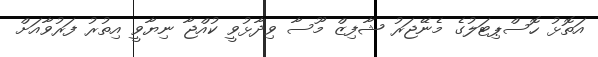
އަތޮޅު ހޮސްޕިޓަލުގެ މެނޭޖަރު ޝާފިޒް މޫސާ ވިދާޅުވީ ކުއްޖާ ނިޔާވީ އިތުރު ފަރުވާއަށް